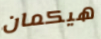
هيكمان